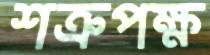
শত্রুপক্ষ